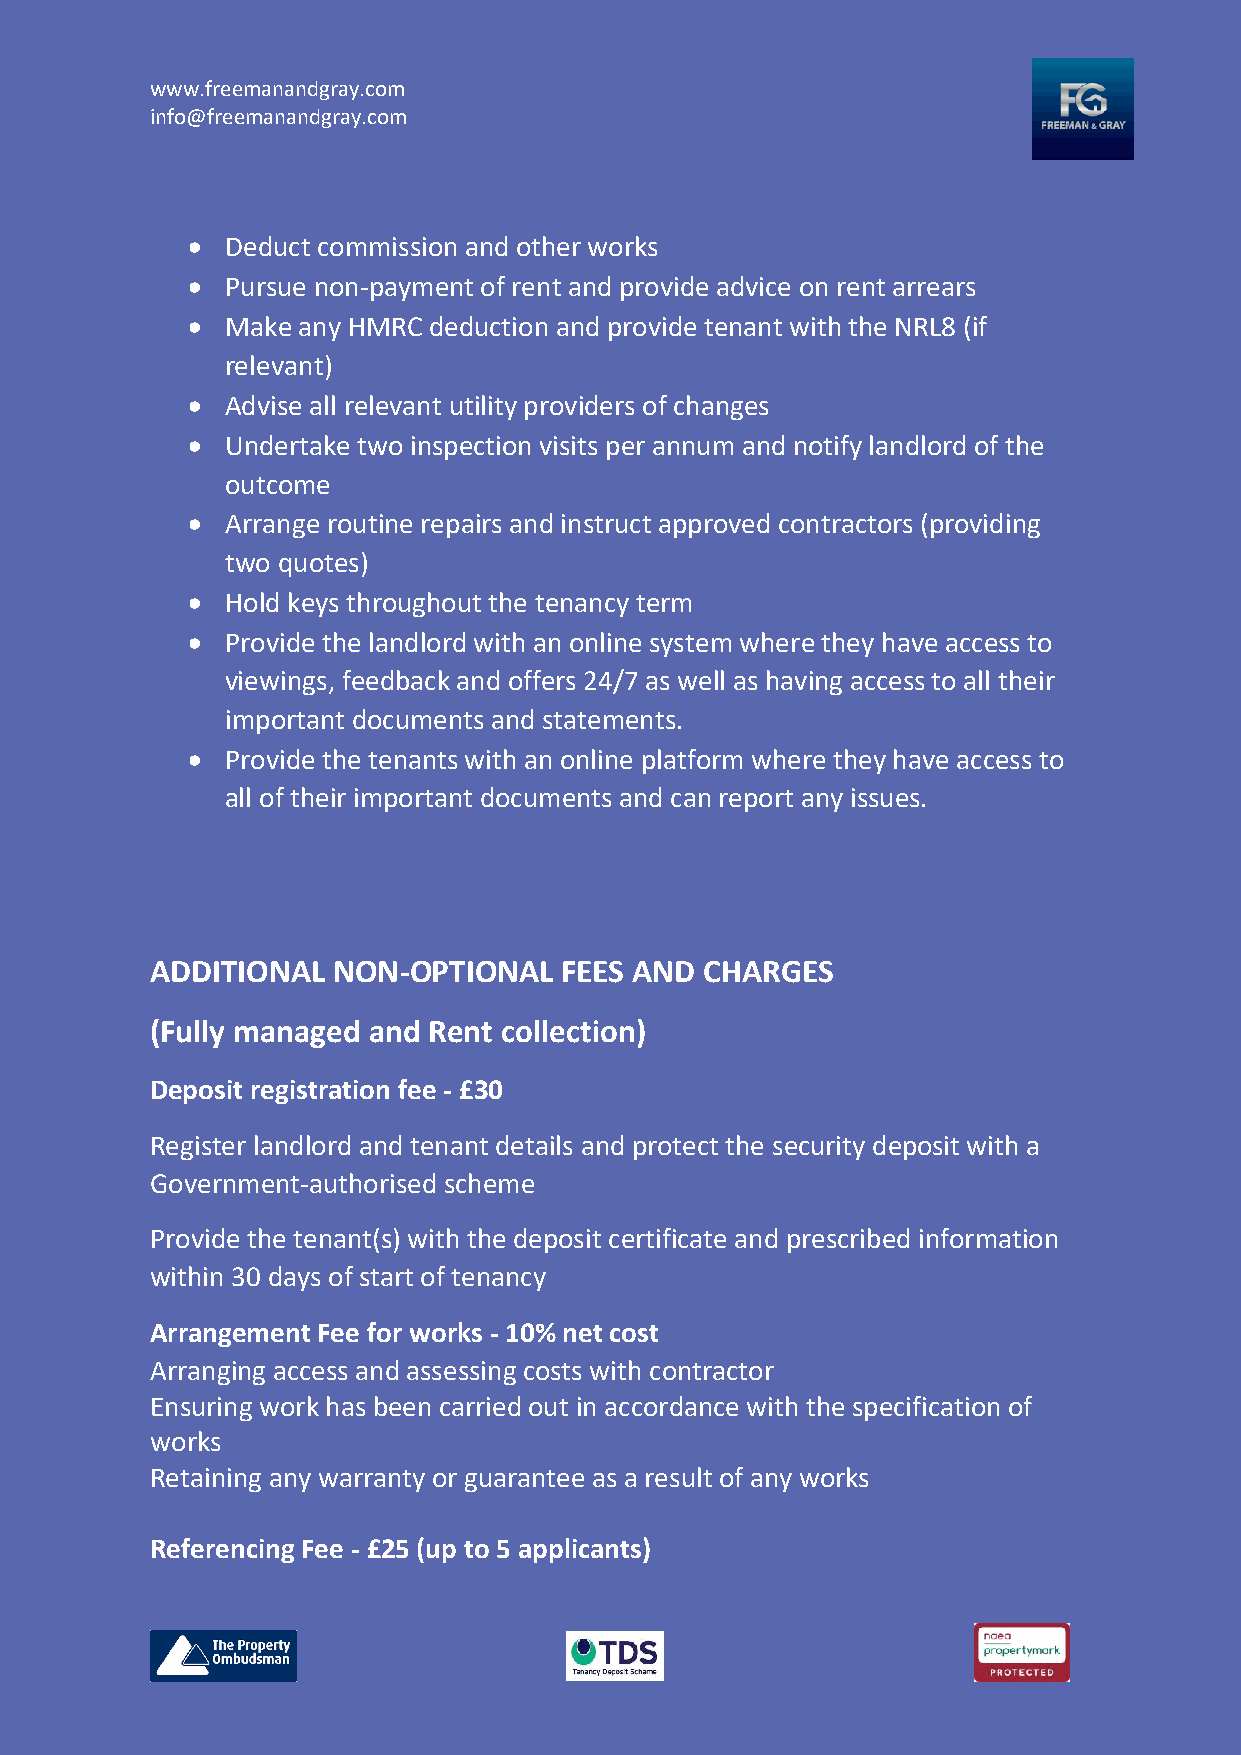
www.freemanandgray.com
 info@freemanandgray.com
 •  Deduct commission and other works
 •  Pursue non-payment of rent and provide advice on rent arrears
 •  Make any HMRC deduction and provide tenant with the NRL8 (if
 relevant)
 •  Advise all relevant utility providers of changes
 •  Undertake two inspection visits per annum and notify landlord of the
 outcome
 •  Arrange routine repairs and instruct approved contractors (providing
 two quotes)
 •  Hold keys throughout the tenancy term
 •  Provide the landlord with an online system where they have access to
 viewings, feedback and offers 24/7 as well as having access to all their
 important documents and statements.
 •  Provide the tenants with an online platform where they have access to
 all of their important documents and can report any issues.
 ADDITIONAL  NON-OPTIONAL   FEES AND  CHARGES
 (Fully managed and Rent collection)
 Deposit registration fee - £30
 Register landlord and tenant details and protect the security deposit with a
 Government-authorised scheme
 Provide the tenant(s) with the deposit certificate and prescribed information
 within 30 days of start of tenancy
 Arrangement Fee for works - 10% net cost
 Arranging access and assessing costs with contractor
 Ensuring work has been carried out in accordance with the specification of
 works
 Retaining any warranty or guarantee as a result of any works
 Referencing Fee - £25 (up to 5 applicants)